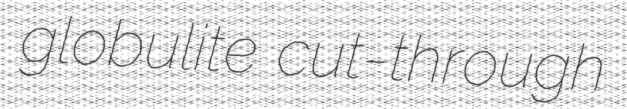
globulite cut-through